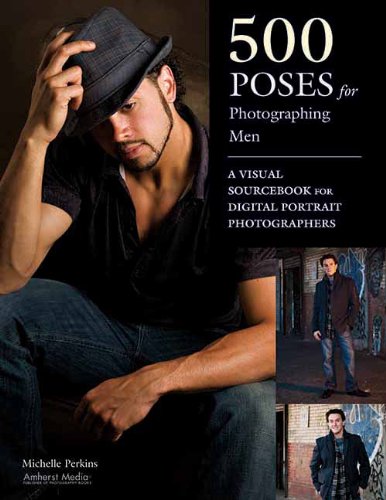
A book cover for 500 Poses for Photographing Men: A Visual Sourcebook for Digital Portrait Photographers; Michelle Perkins; Arts & Photography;